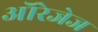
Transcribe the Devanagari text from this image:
ऑरेजेज